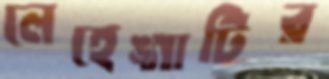
লেহেঙ্গাটির